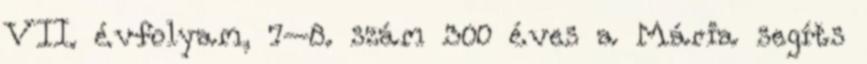
VII. évfolyam, 7–8. szám 300 éves a Mária segíts